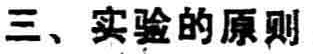
三、实验的原则